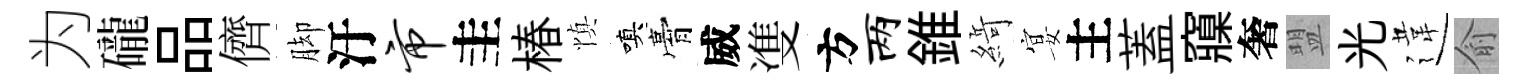
为礲品儕脚汙市圭椿慎嗔膏威㕠方两錐𦂶宴主蓋䆿奢盟光違俞